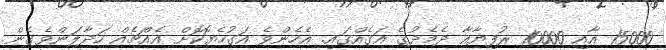
15000 އާއި 10000 ރުފިޔާއާ ދެމެދުގެ އަގެއްގައި. އެހެންވެ އަގުހެޔޮކޮށް އެއްޗެއް ހަދާލަންވެގެން